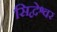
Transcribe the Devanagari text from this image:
सिद्वेश्वर